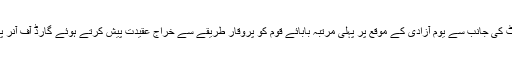
پولیس یونٹ کی جانب سے یوم آزادی کے موقع پر پہلی مرتبہ بابائے قوم کو پروقار طریقے سے خراج عقیدت پیش کرتے ہوئے گارڈ آف آنر پیش کیاگیا۔